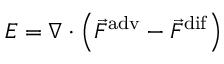
E = \nabla \cdot \left( \vec { F } ^ { \mathrm { a d v } } - \vec { F } ^ { \mathrm { d i f } } \right)